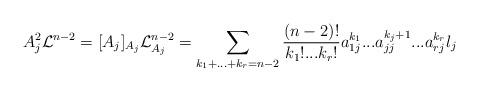
LaTeX: \begin{align*}A_{j}^{2}\mathcal{L}^{n-2}=[A_{j}]_{A_{j}}\mathcal{L}_{A_{j}}^{n-2}=\sum_{k_{1}+...+k_{r}=n-2}\frac{(n-2)!}{k_{1}!...k_{r}!}a_{1j}^{k_{1}}...a_{jj}^{k_{j}+1}...a_{rj}^{k_{r}}l_{j} \end{align*}